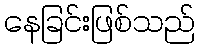
နေခြင်းဖြစ်သည်